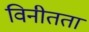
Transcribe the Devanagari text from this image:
विनीतता